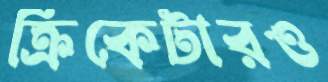
ক্রিকেটারও